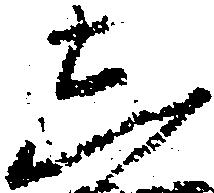
し